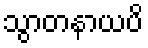
သွာတနာယပိ